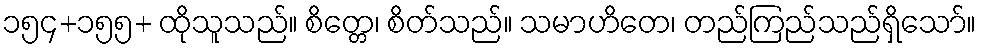
၁၅၄+၁၅၅+ ထိုသူသည်။ စိတ္တေ၊ စိတ်သည်။ သမာဟိတေ၊ တည်ကြည်သည်ရှိသော်။